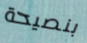
بنصيحة